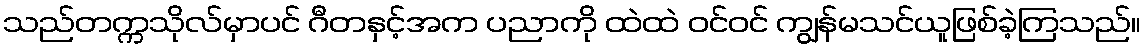
သည်တက္ကသိုလ်မှာပင် ဂီတနှင့်အက ပညာကို ထဲထဲ ဝင်ဝင် ကျွန်မသင်ယူဖြစ်ခဲ့ကြသည်။